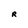
Character: R